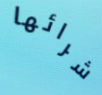
شرائها